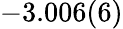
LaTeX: -3.006(6)